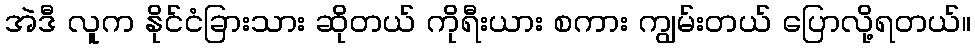
အဲဒီ လူက နိုင်ငံခြားသား ဆိုတယ် ကိုရီးယား စကား ကျွမ်းတယ် ပြောလို့ရတယ်။